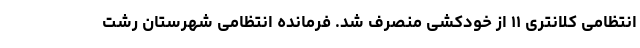
انتظامی کلانتری ۱۱ از خودکشی منصرف شد. فرمانده انتظامی شهرستان رشت